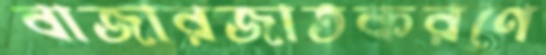
বাজারজাতকরণে